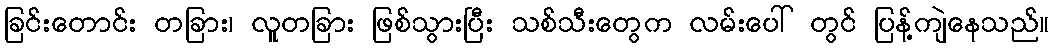
ခြင်းတောင်း တခြား၊ လူတခြား ဖြစ်သွားပြီး သစ်သီးတွေက လမ်းပေါ် တွင် ပြန့်ကျဲနေသည်။